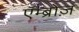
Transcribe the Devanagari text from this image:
एॅम्ब्रोज़